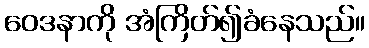
ဝေဒနာကို အံကြိတ်၍ခံနေသည်။